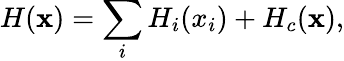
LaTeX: H(\mathbf{x})=\sum_{i}{H_{i}(x_{i})}+H_{c}(\mathbf{x}),